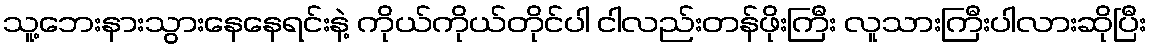
သူ့ဘေးနားသွားနေနေရင်းနဲ့ ကိုယ်ကိုယ်တိုင်ပါ ငါလည်းတန်ဖိုးကြီး လူသားကြီးပါလားဆိုပြီး